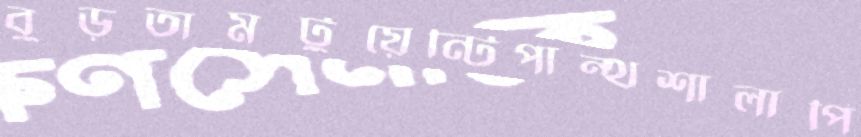
বুড়তামটুয়েন্টিপান্থশালাপি